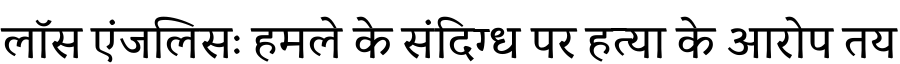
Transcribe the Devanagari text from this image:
लॉस एंजलिसः हमले के संदिग्ध पर हत्या के आरोप तय